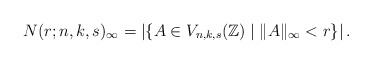
\begin{align*} N(r; n, k, s)_{\infty} = \left| \{ A \in V_{n, k, s}(\mathbb{Z}) \mid \|A\|_{\infty} < r \} \right|.\end{align*}